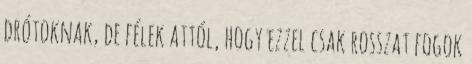
drótoknak, de félek attól, hogy ezzel csak rosszat fogok